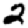
Digit: 2